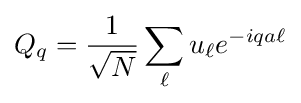
Q_{q}={\frac {1}{\sqrt {N}}}\sum _{\ell }u_{\ell }e^{-iqa\ell }